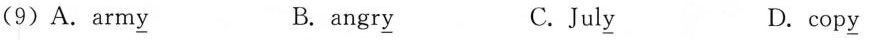
(9)A.arm\underline{y} B. angr\underline{y} C.Jul\underline{y} D. cop\underline{y}